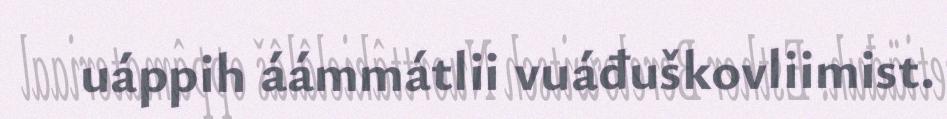
uáppih áámmátlii vuáđuškovliimist.